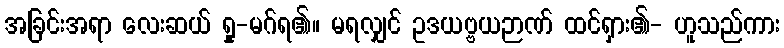
အခြင်းအရာ လေးဆယ် ရှု-မဂ်ရ၏။ မရလျှင် ဥဒယဗ္ဗယဉာဏ် ထင်ရှား၏- ဟူသည်ကား